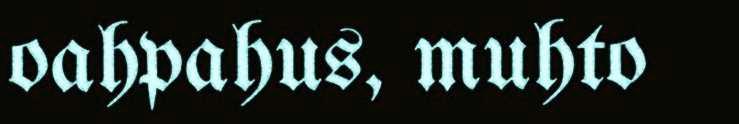
oahpahus, muhto